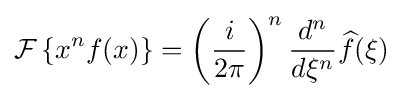
{\mathcal {F}}\left\{x^{n}f(x)\right\}=\left({\frac {i}{2\pi }}\right)^{n}{\frac {d^{n}}{d\xi ^{n}}}{\widehat {f}}(\xi )